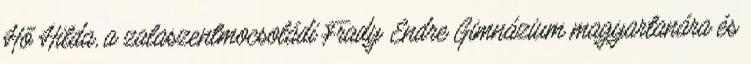
Hő Hilda, a zalaszentmocsoládi Frady Endre Gimnázium magyartanára és